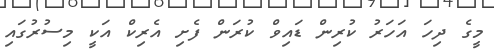
މީގެ ދިހަ އަހަރު ކުރިން ޑައިވް ކުރަން ފެށި އެރިކް އަކީ މިސުރުގައި